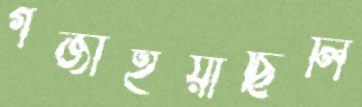
গজাইয়াছিলি